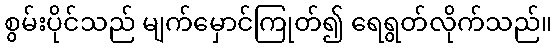
စွမ်းပိုင်သည် မျက်မှောင်ကြုတ်၍ ရေရွတ်လိုက်သည်။